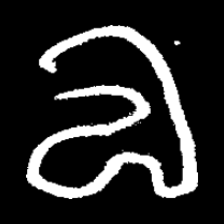
Pyu character \u2014 Myanmar letter: လ (romanized: la)